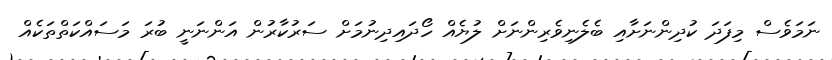
ނަމަވެސް މިފަދަ ކުދިންނަށާއި ބެލެނިވެރިންނަށް ލުޔެއް ހޯދައިދިނުމަށް ސަރުކާރުން އަންނަނީ ބުރަ މަސައްކަތްތަކެއް